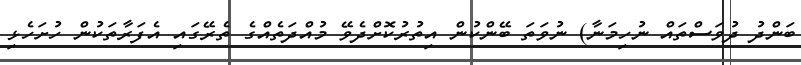
ބަންދު ދުވަސްތައް ނުހިމަނާ) ނުވަތަ ބޭންކުން އިތުރުކޮށްދެވޭ މުއްދަތެއްގެ ތެރޭގައި އެފަރާތަކުން ހުށަހެޅި